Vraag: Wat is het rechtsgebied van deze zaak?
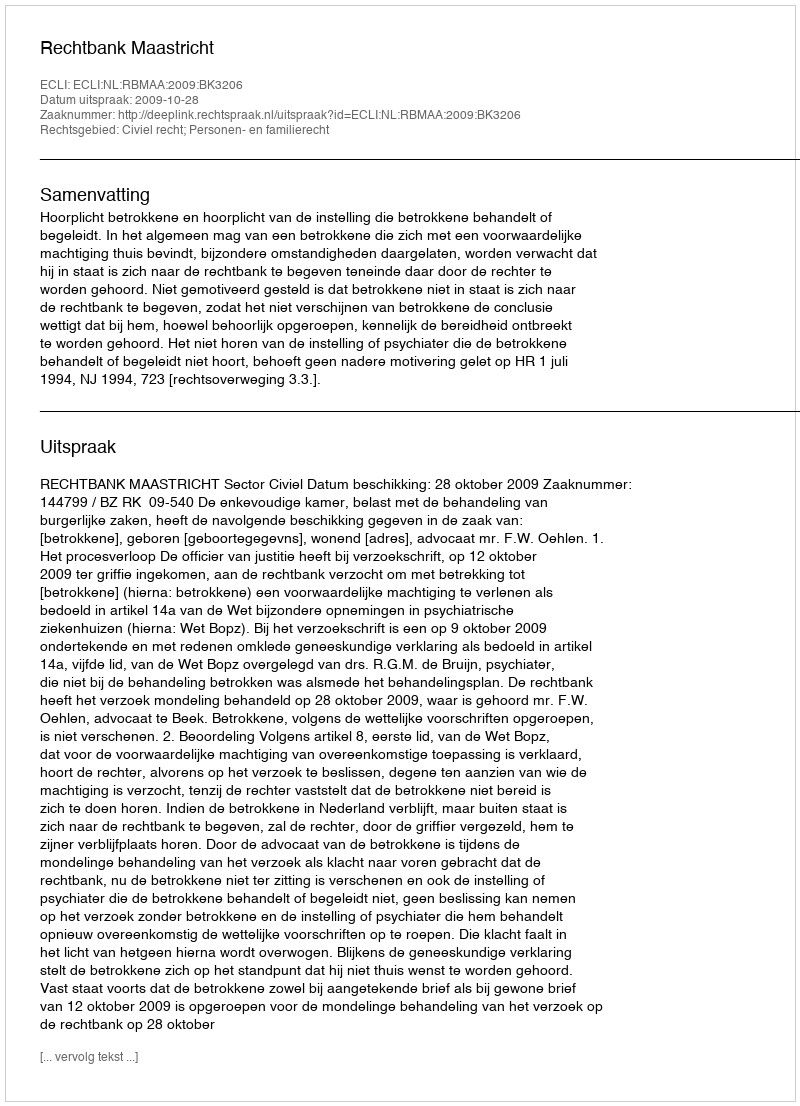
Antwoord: Civiel recht; Personen- en familierecht